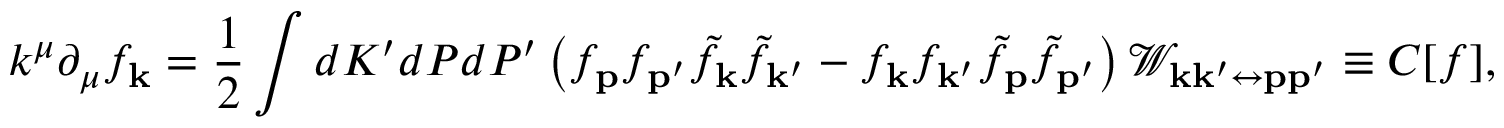
k ^ { \mu } \partial _ { \mu } f _ { \mathbf { k } } = \frac { 1 } { 2 } \int d K ^ { \prime } d P d P ^ { \prime } \left( f _ { \mathbf { p } } f _ { \mathbf { p } ^ { \prime } } \tilde { f } _ { \mathbf { k } } \tilde { f } _ { \mathbf { k } ^ { \prime } } - f _ { \mathbf { k } } f _ { \mathbf { k } ^ { \prime } } \tilde { f } _ { \mathbf { p } } \tilde { f } _ { \mathbf { p ^ { \prime } } } \right) \mathcal { W } _ { \mathbf { k } \mathbf { k } ^ { \prime } \leftrightarrow \mathbf { p } \mathbf { p } ^ { \prime } } \equiv C [ f ] ,